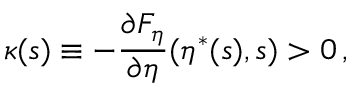
\kappa ( s ) \equiv - \frac { \partial F _ { \eta } } { \partial \eta } ( \eta ^ { \ast } ( s ) , s ) > 0 \, ,